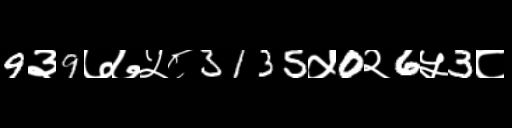
Text: 9३9७७५८3135५0२6५3८